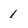
Character: 1